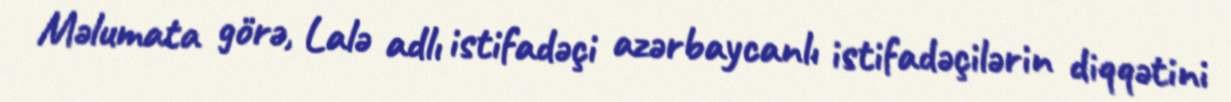
Məlumata görə, Lalə adlı istifadəçi azərbaycanlı istifadəçilərin diqqətini